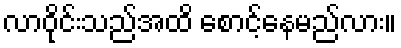
လာဝိုင်းသည်အထိ စောင့်နေမည်လား။